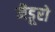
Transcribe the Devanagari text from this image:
मैडूरो